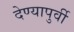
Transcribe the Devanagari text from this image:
देण्यापुर्वी